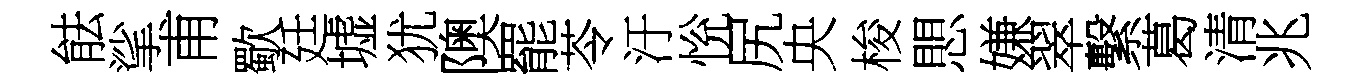
䏻挲甫歜廷墟犹隩罷苓汙恱尻央梭愳嫌翠繫葛清兆